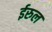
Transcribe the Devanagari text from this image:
ईरुल